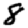
Digit: 8